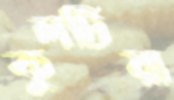
কুলটিয়া